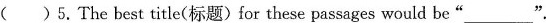
（ ）5.The best title(标题) for these passages would be“___”.